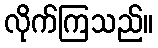
လိုက်ကြသည်။